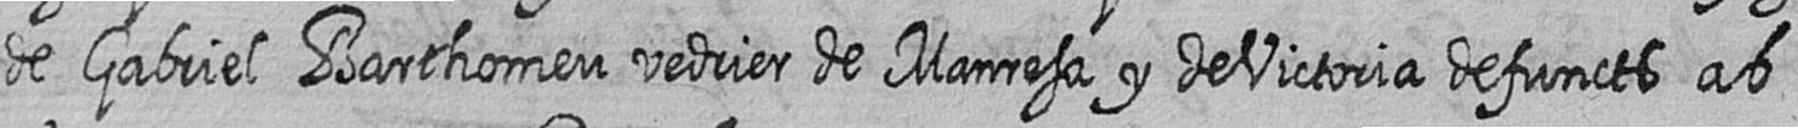
de Gabriel Barthomeu vedrier de Manresa y de Victoria defuncts ab